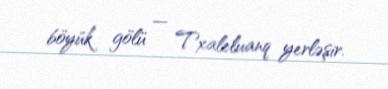
böyük gölü — Txaleluanq yerləşir.